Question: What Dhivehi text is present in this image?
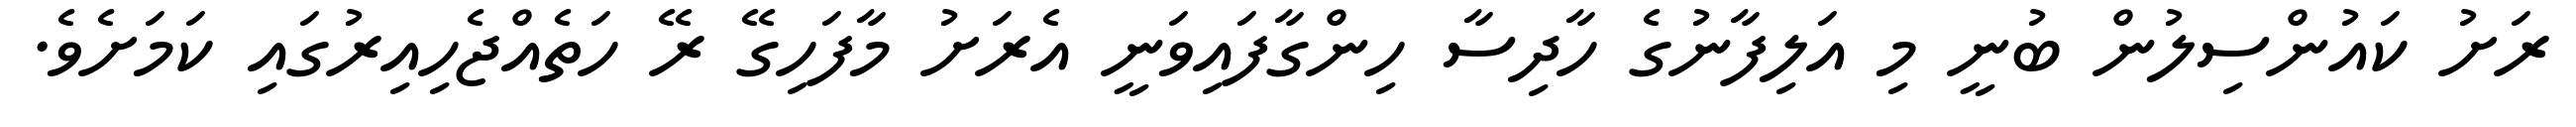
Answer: ރަށު ކައުންސިލުން ބުނީ މި އަލިފާނުގެ ހާދިސާ ހިންގާފައިވަނީ އެރަށު މާފަހިގޭ ރޭ ހަތެއްޖެހިއިރުގައި ކަމަށެވެ.